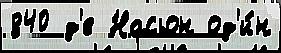
840 д'е Насьон од'и́н